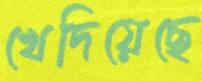
খেদিয়েছে